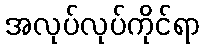
အလုပ်လုပ်ကိုင်ရာ